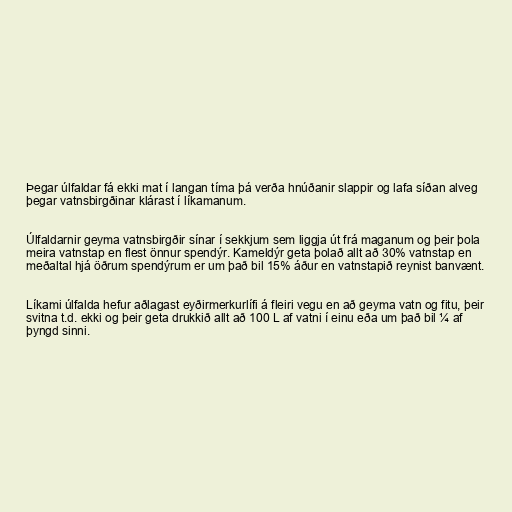
Þegar úlfaldar fá ekki mat í langan tíma þá verða hnúðanir slappir og lafa síðan alveg
þegar vatnsbirgðinar klárast í líkamanum.

Úlfaldarnir geyma vatnsbirgðir sínar í sekkjum sem liggja út frá maganum og þeir þola
meira vatnstap en flest önnur spendýr. Kameldýr geta þolað allt að 30% vatnstap en
meðaltal hjá öðrum spendýrum er um það bil 15% áður en vatnstapið reynist banvænt.

Líkami úlfalda hefur aðlagast eyðirmerkurlífi á fleiri vegu en að geyma vatn og fitu, þeir
svitna t.d. ekki og þeir geta drukkið allt að 100 L af vatni í einu eða um það bil ¼ af
þyngd sinni.